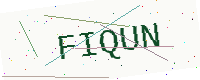
Text: FIQUN